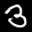
Label: 3